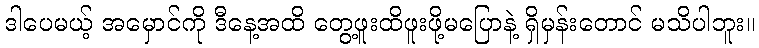
ဒါပေမယ့် အမှောင်ကို ဒီနေ့အထိ တွေ့ဖူးထိဖူးဖို့မပြောနဲ့ ရှိမှန်းတောင် မသိပါဘူး။